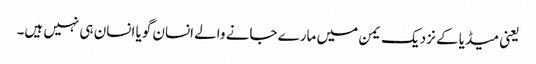
یعنی میڈیا کے نزدیک یمن میں مارے جانے والے انسان گویا انسان ہی نہیں ہیں۔